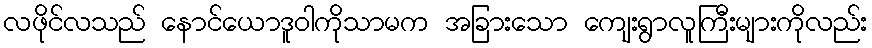
လဖိုင်လသည် နောင်ယောဒူဝါကိုသာမက အခြားသော ကျေးရွာလူကြီးများကိုလည်း